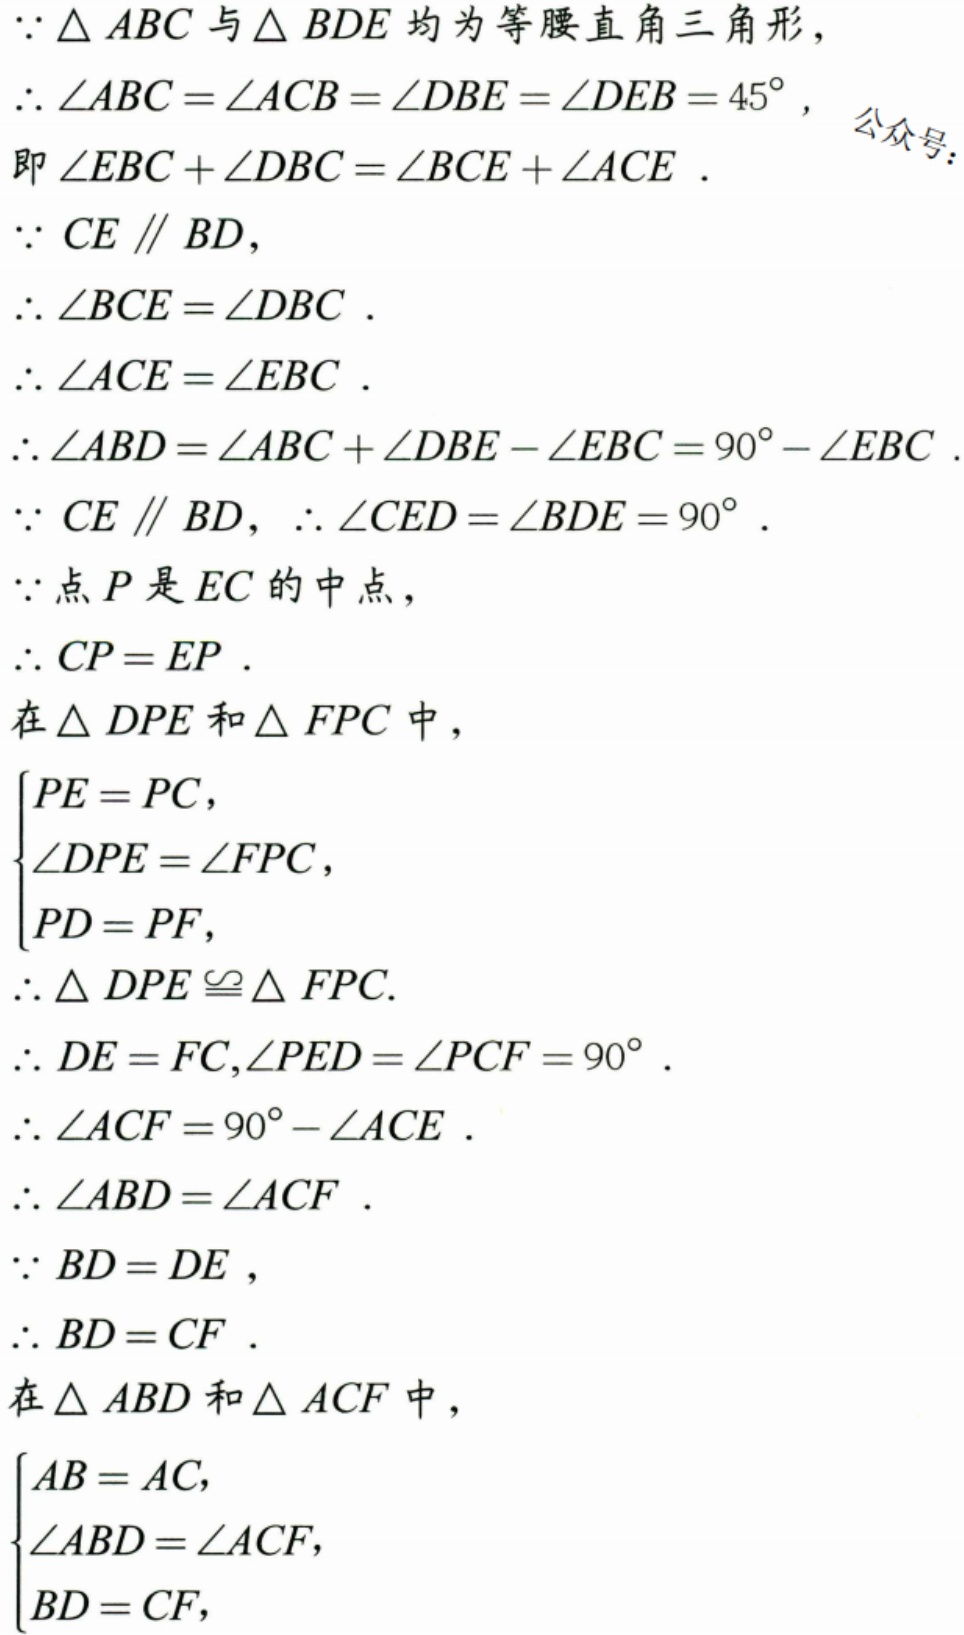
$\because\triangle ABC$与$\triangle BDE$均为等腰直角三角形，
$\therefore\angle ABC=\angle ACB=\angle DBE=\angle DEB = 45^{\circ}$，
即$\angle EBC+\angle DBC=\angle BCE+\angle ACE$．
$\because CE\parallel BD$，
$\therefore\angle BCE=\angle DBC$．
$\therefore\angle ACE=\angle EBC$．
$\therefore\angle ABD=\angle ABC+\angle DBE-\angle EBC = 90^{\circ}-\angle EBC$．
$\because CE\parallel BD$，$\therefore\angle CED=\angle BDE = 90^{\circ}$．
$\because$点$P$是$EC$的中点，
$\therefore CP = EP$．
在$\triangle DPE$和$\triangle FPC$中，
$\begin{cases}
PE = PC,\\
\angle DPE=\angle FPC,\\
PD = PF,
\end{cases}$
$\therefore\triangle DPE\cong\triangle FPC$．
$\therefore DE = FC,\angle PED=\angle PCF = 90^{\circ}$．
$\therefore\angle ACF = 90^{\circ}-\angle ACE$．
$\therefore\angle ABD=\angle ACF$．
$\because BD = DE$，
$\therefore BD = CF$．
在$\triangle ABD$和$\triangle ACF$中，
$\begin{cases}
AB = AC,\\
\angle ABD=\angle ACF,\\
BD = CF,
\end{cases}$